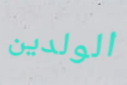
الولدين